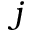
j